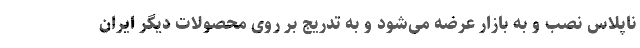
ناپلاس نصب و به بازار عرضه می‌شود و به تدریج بر روی محصولات دیگر ایران